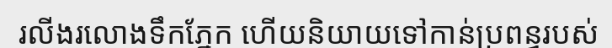
រលីងរលោងទឹកភ្នែក ហើយនិយាយទៅកាន់ប្រពន្ធរបស់